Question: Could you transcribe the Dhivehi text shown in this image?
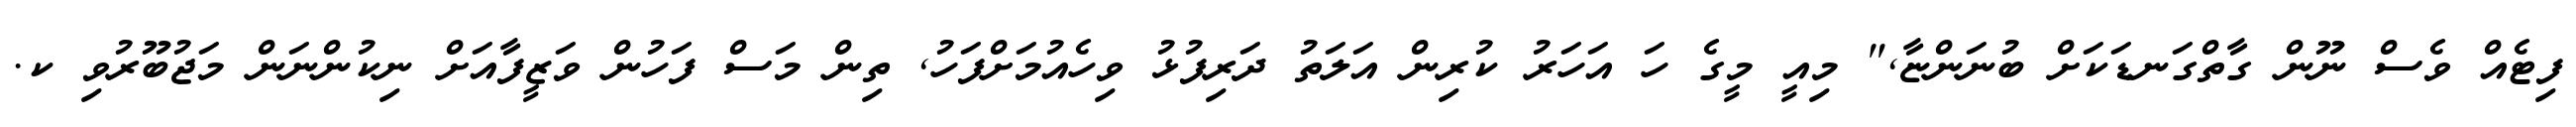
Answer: ފިޓެއް ވެސް ނޫން ގާތްގަނޑަކަށް ބުނަންޏާ," މިއީ މީގެ ހަ އަހަރު ކުރިން އަލަތު ދަރިފުޅު ވިހެއުމަށްފަހު, ތިން މަސް ފަހުން ވަޒީފާއަށް ނިކުންނަން މަޖުބޫރުވި ކ.